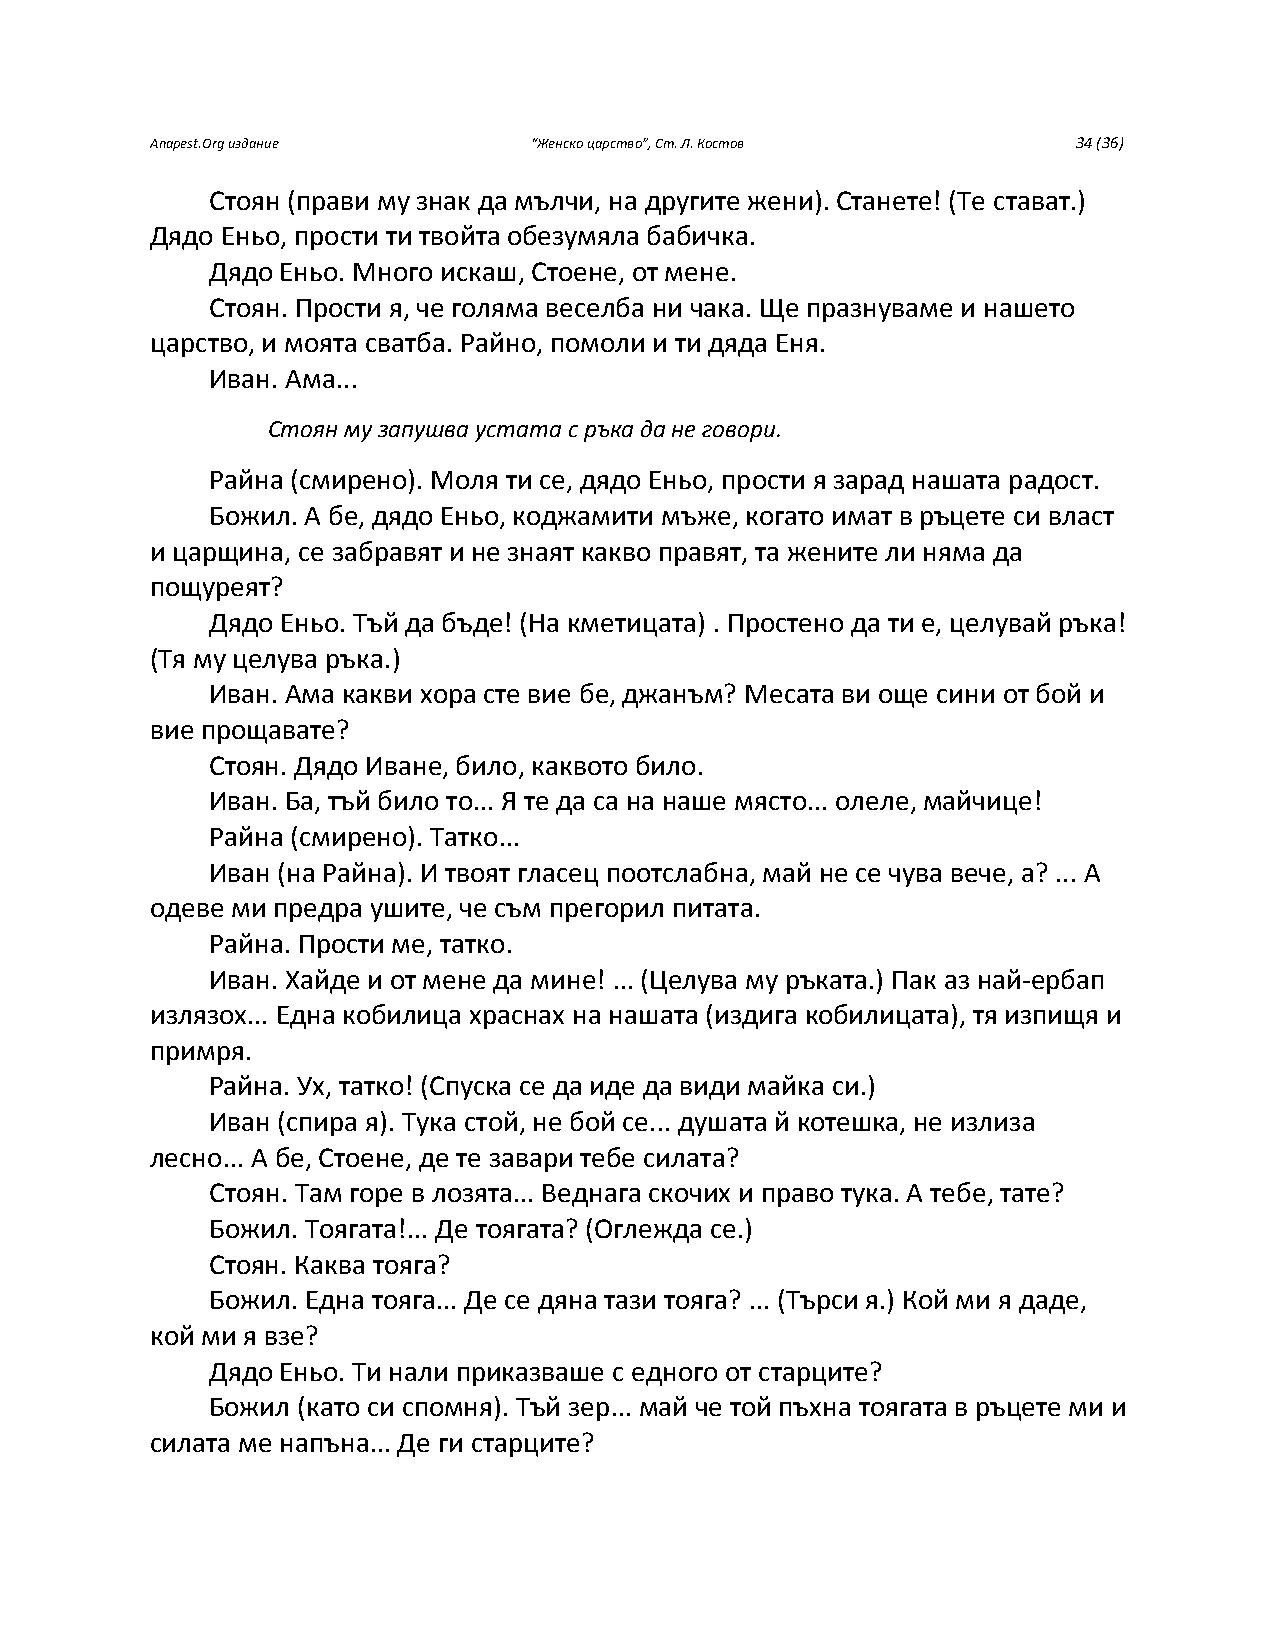
Anapest.Org издание      “Женско царство”, Ст. Л. Костов     34 (36)
 Стоян (прави му знак да мълчи, на другите жени). Станете! (Те стават.)
 Дядо Еньо, прости ти твойта обезумяла бабичка.
 Дядо Еньо. Много искаш, Стоене, от мене.
 Стоян. Прости я, че голяма веселба ни чака. Ще празнуваме и нашето
 царство, и моята сватба. Райно, помоли и ти дяда Еня.
 Иван. Ама...
 Стоян му запушва устата с ръка да не говори.
 Райна (смирено). Моля ти се, дядо Еньо, прости я зарад нашата радост.
 Божил. А бе, дядо Еньо, коджамити мъже, когато имат в ръцете си власт
 и царщина, се забравят и не знаят какво правят, та жените ли няма да
 пощуреят?
 Дядо Еньо. Тъй да бъде! (На кметицата) . Простено да ти е, целувай ръка!
 (Тя му целува ръка.)
 Иван. Ама какви хора сте вие бе, джанъм? Месата ви още сини от бой и
 вие прощавате?
 Стоян. Дядо Иване, било, каквото било.
 Иван. Ба, тъй било то... Я те да са на наше място... олеле, майчице!
 Райна (смирено). Татко...
 Иван (на Райна). И твоят гласец поотслабна, май не се чува вече, а? ... А
 одеве ми предра ушите, че съм прегорил питата.
 Райна. Прости ме, татко.
 Иван. Хайде и от мене да мине! ... (Целува му ръката.) Пак аз най-ербап
 излязох... Една кобилица храснах на нашата (издига кобилицата), тя изпищя и
 примря.
 Райна. Ух, татко! (Спуска се да иде да види майка си.)
 Иван (спира я). Тука стой, не бой се... душата й котешка, не излиза
 лесно... А бе, Стоене, де те завари тебе силата?
 Стоян. Там горе в лозята... Веднага скочих и право тука. А тебе, тате?
 Божил. Тоягата!... Де тоягата? (Оглежда се.)
 Стоян. Каква тояга?
 Божил. Една тояга... Де се дяна тази тояга? ... (Търси я.) Кой ми я даде,
 кой ми я взе?
 Дядо Еньо. Ти нали приказваше с едного от старците?
 Божил (като си спомня). Тъй зер... май че той пъхна тоягата в ръцете ми и
 силата ме напъна... Де ги старците?